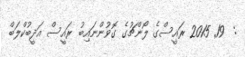
:  19